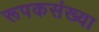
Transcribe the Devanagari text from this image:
रूपकसंख्या